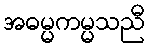
အဓမ္မကမ္မသညီ